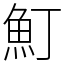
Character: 䰳